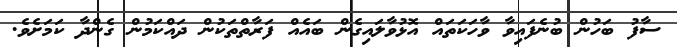
ސާފު ބަހުން ބުނެފައިވާ ވާހަކަތައް އޮޅުވާލައިގެން ބައެއް ފަރާތްތަކުން ދައްކަމުން ގެންދާ ކަމަށެވެ.